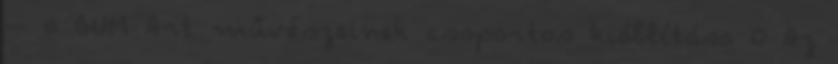
– a BUM Art művészeinek csoportos kiállítása 0 Az